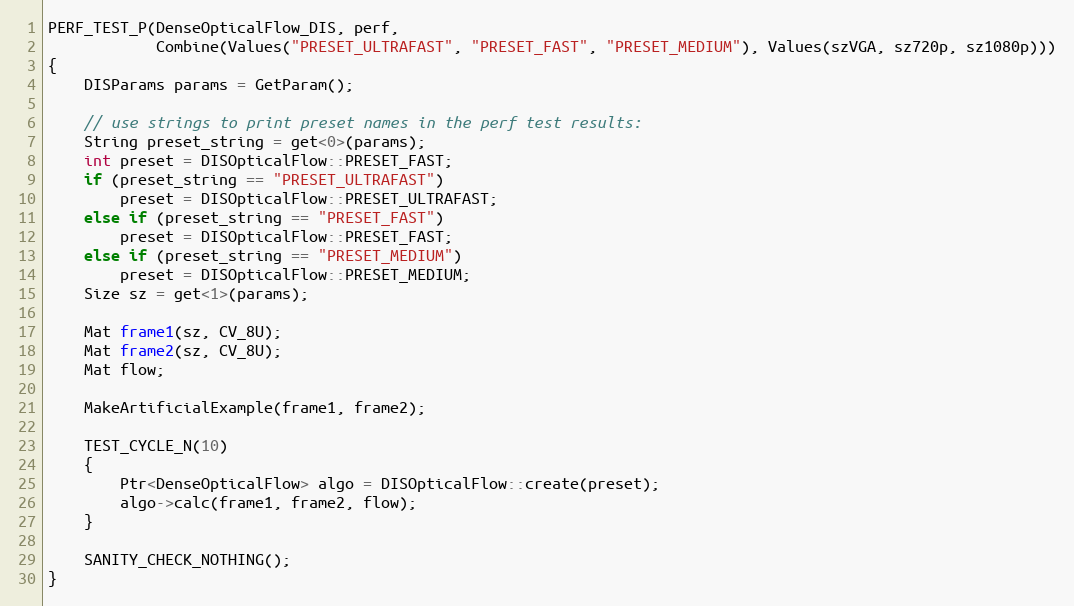
Language: C++
PERF_TEST_P(DenseOpticalFlow_DIS, perf,
            Combine(Values("PRESET_ULTRAFAST", "PRESET_FAST", "PRESET_MEDIUM"), Values(szVGA, sz720p, sz1080p)))
{
    DISParams params = GetParam();

    // use strings to print preset names in the perf test results:
    String preset_string = get<0>(params);
    int preset = DISOpticalFlow::PRESET_FAST;
    if (preset_string == "PRESET_ULTRAFAST")
        preset = DISOpticalFlow::PRESET_ULTRAFAST;
    else if (preset_string == "PRESET_FAST")
        preset = DISOpticalFlow::PRESET_FAST;
    else if (preset_string == "PRESET_MEDIUM")
        preset = DISOpticalFlow::PRESET_MEDIUM;
    Size sz = get<1>(params);

    Mat frame1(sz, CV_8U);
    Mat frame2(sz, CV_8U);
    Mat flow;

    MakeArtificialExample(frame1, frame2);

    TEST_CYCLE_N(10)
    {
        Ptr<DenseOpticalFlow> algo = DISOpticalFlow::create(preset);
        algo->calc(frame1, frame2, flow);
    }

    SANITY_CHECK_NOTHING();
}